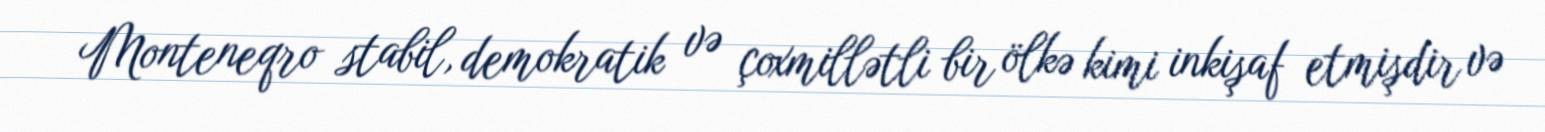
Monteneqro stabil, demokratik və çoxmillətli bir ölkə kimi inkişaf etmişdir və